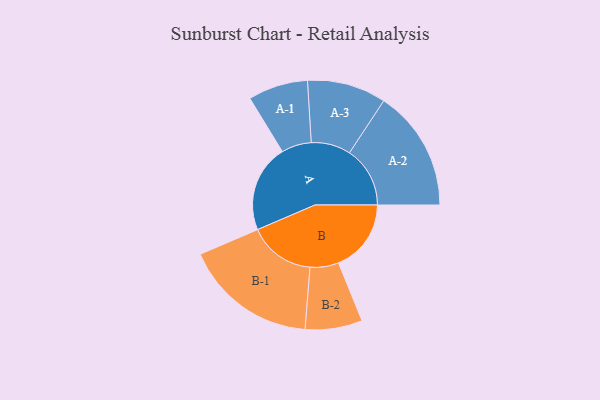
{"axis": {"x": "Segment", "y": "Value"}, "legend": ["", "A", "B"], "data": [{"x": "A", "y": 377, "type": ""}, {"x": "B", "y": 313, "type": ""}, {"x": "A-1", "y": 129, "type": "A"}, {"x": "A-2", "y": 261, "type": "A"}, {"x": "A-3", "y": 170, "type": "A"}, {"x": "B-1", "y": 287, "type": "B"}, {"x": "B-2", "y": 123, "type": "B"}]}